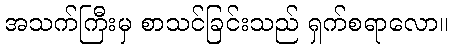
အသက်ကြီးမှ စာသင်ခြင်းသည် ရှက်စရာလော။